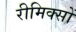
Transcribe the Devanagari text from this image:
रीमिक्सों